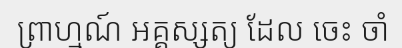
ព្រាហ្មណ៍ អគ្គស្សត្យ ដែល ចេះ ចាំ